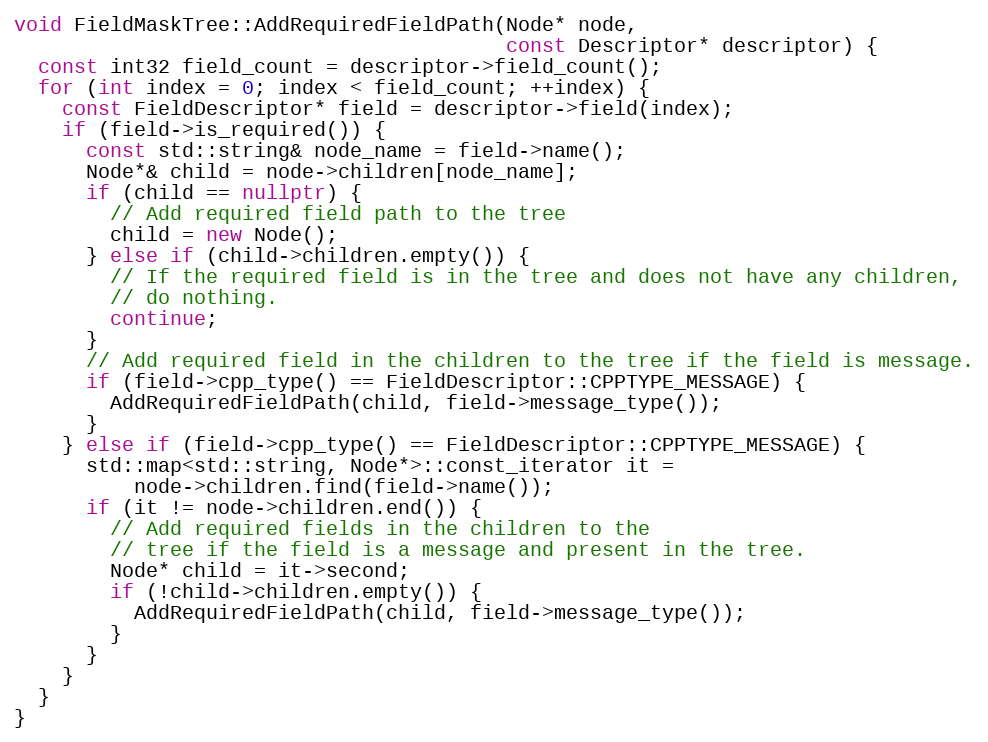
Language: C++
void FieldMaskTree::AddRequiredFieldPath(Node* node,
                                         const Descriptor* descriptor) {
  const int32 field_count = descriptor->field_count();
  for (int index = 0; index < field_count; ++index) {
    const FieldDescriptor* field = descriptor->field(index);
    if (field->is_required()) {
      const std::string& node_name = field->name();
      Node*& child = node->children[node_name];
      if (child == nullptr) {
        // Add required field path to the tree
        child = new Node();
      } else if (child->children.empty()) {
        // If the required field is in the tree and does not have any children,
        // do nothing.
        continue;
      }
      // Add required field in the children to the tree if the field is message.
      if (field->cpp_type() == FieldDescriptor::CPPTYPE_MESSAGE) {
        AddRequiredFieldPath(child, field->message_type());
      }
    } else if (field->cpp_type() == FieldDescriptor::CPPTYPE_MESSAGE) {
      std::map<std::string, Node*>::const_iterator it =
          node->children.find(field->name());
      if (it != node->children.end()) {
        // Add required fields in the children to the
        // tree if the field is a message and present in the tree.
        Node* child = it->second;
        if (!child->children.empty()) {
          AddRequiredFieldPath(child, field->message_type());
        }
      }
    }
  }
}